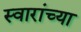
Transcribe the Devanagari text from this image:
स्वारांच्या